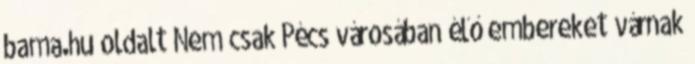
bama.hu oldalt Nem csak Pécs városában élő embereket várnak